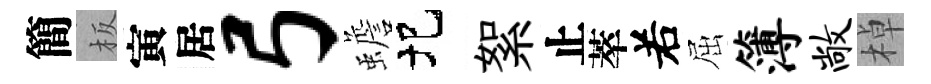
簡板寅居弓蟾圯絮止萃𠰥屈簿敞棹